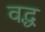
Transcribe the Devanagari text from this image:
वद्ध